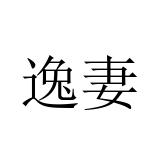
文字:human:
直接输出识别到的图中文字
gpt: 逸妻